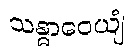
သန္ဓာဝေယျံ